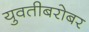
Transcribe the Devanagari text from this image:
युवतीबरोबर